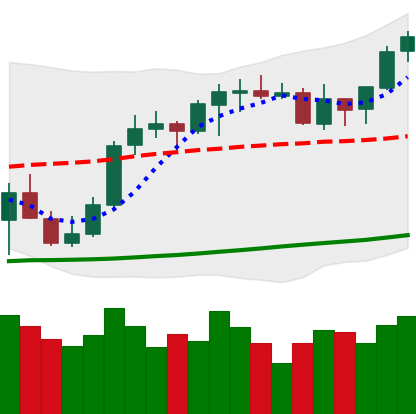
Ticker: ETH-USD
Chart end date: 2021-10-15
Forward return: 7.595%
Label: up_7plus